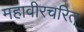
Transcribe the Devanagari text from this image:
महावीरचरित्